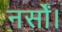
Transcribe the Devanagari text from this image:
नर्सों।